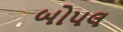
બોપલ